Scottish Leaving Certificate Examination, 1956
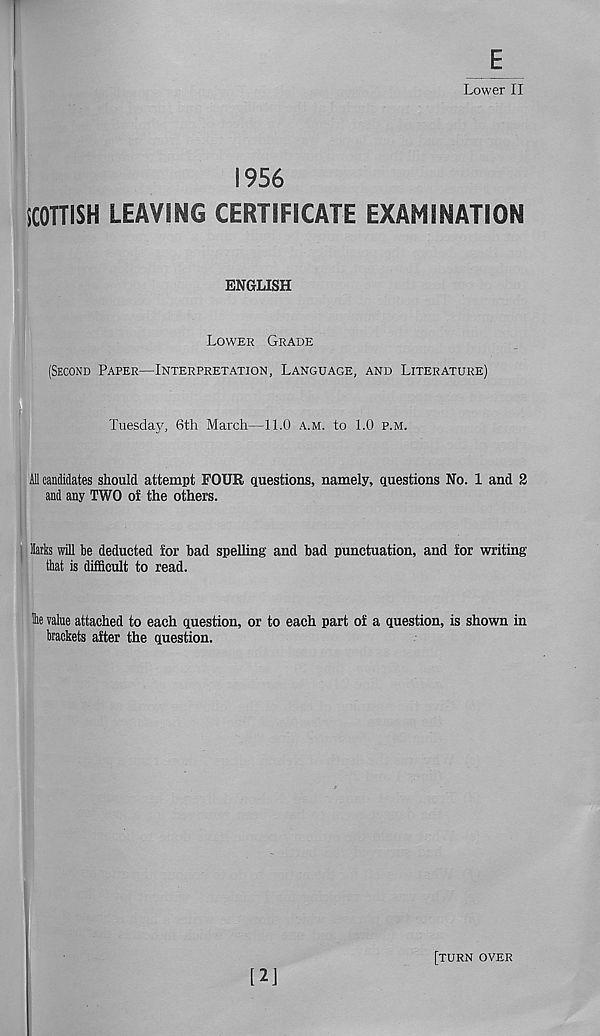
E
Lower II
1956
SCOTTISH LEAVING CERTIFICATE EXAMINATION
ENGLISH
LOWER GRADE
(SECOND PAPER—INTERPRETATION, LANGUAGE, AND LITERATURE)
luesday, 6th March—11.0 A.M. to 1.0 P.M.
All candidates should attempt FOUR questions, namely, questions No. 1 and 2
and any TWO of the others.
Ms will be deducted for bad spelling and bad punctuation, and for writing
that is difficult to read.
fee value attached to each question, or to each part of a question, is shown in
brackets after the question.
[2]
[TURN OVER